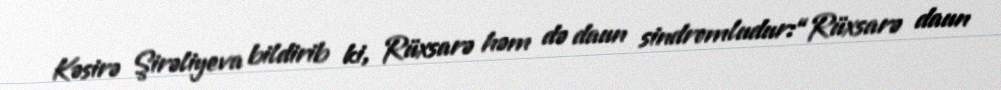
Kəsirə Şirəliyeva bildirib ki, Rüxsarə həm də daun sindromludur:“Rüxsarə daun